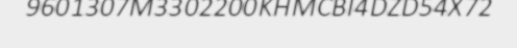
9601307M3302200KHMCBI4DZD54X72